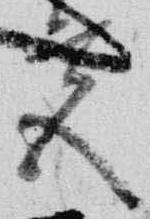
宮